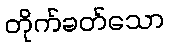
တိုက်ခတ်သော